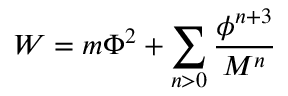
W = m \Phi ^ { 2 } + \sum _ { n > 0 } { \frac { \phi ^ { n + 3 } } { M ^ { n } } }